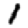
Digit: 1